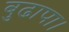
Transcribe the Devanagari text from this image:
बुढापा।